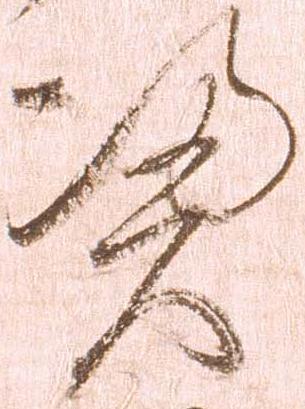
憑